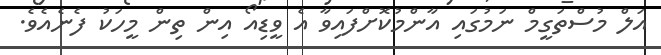
އަލް މުސްތަގީމް ނަމުގައި އާންމުކޮށްފައިވާ އެ ވީޑިއޯ އިން ތިން މީހަކު ފެނެއެވެ.